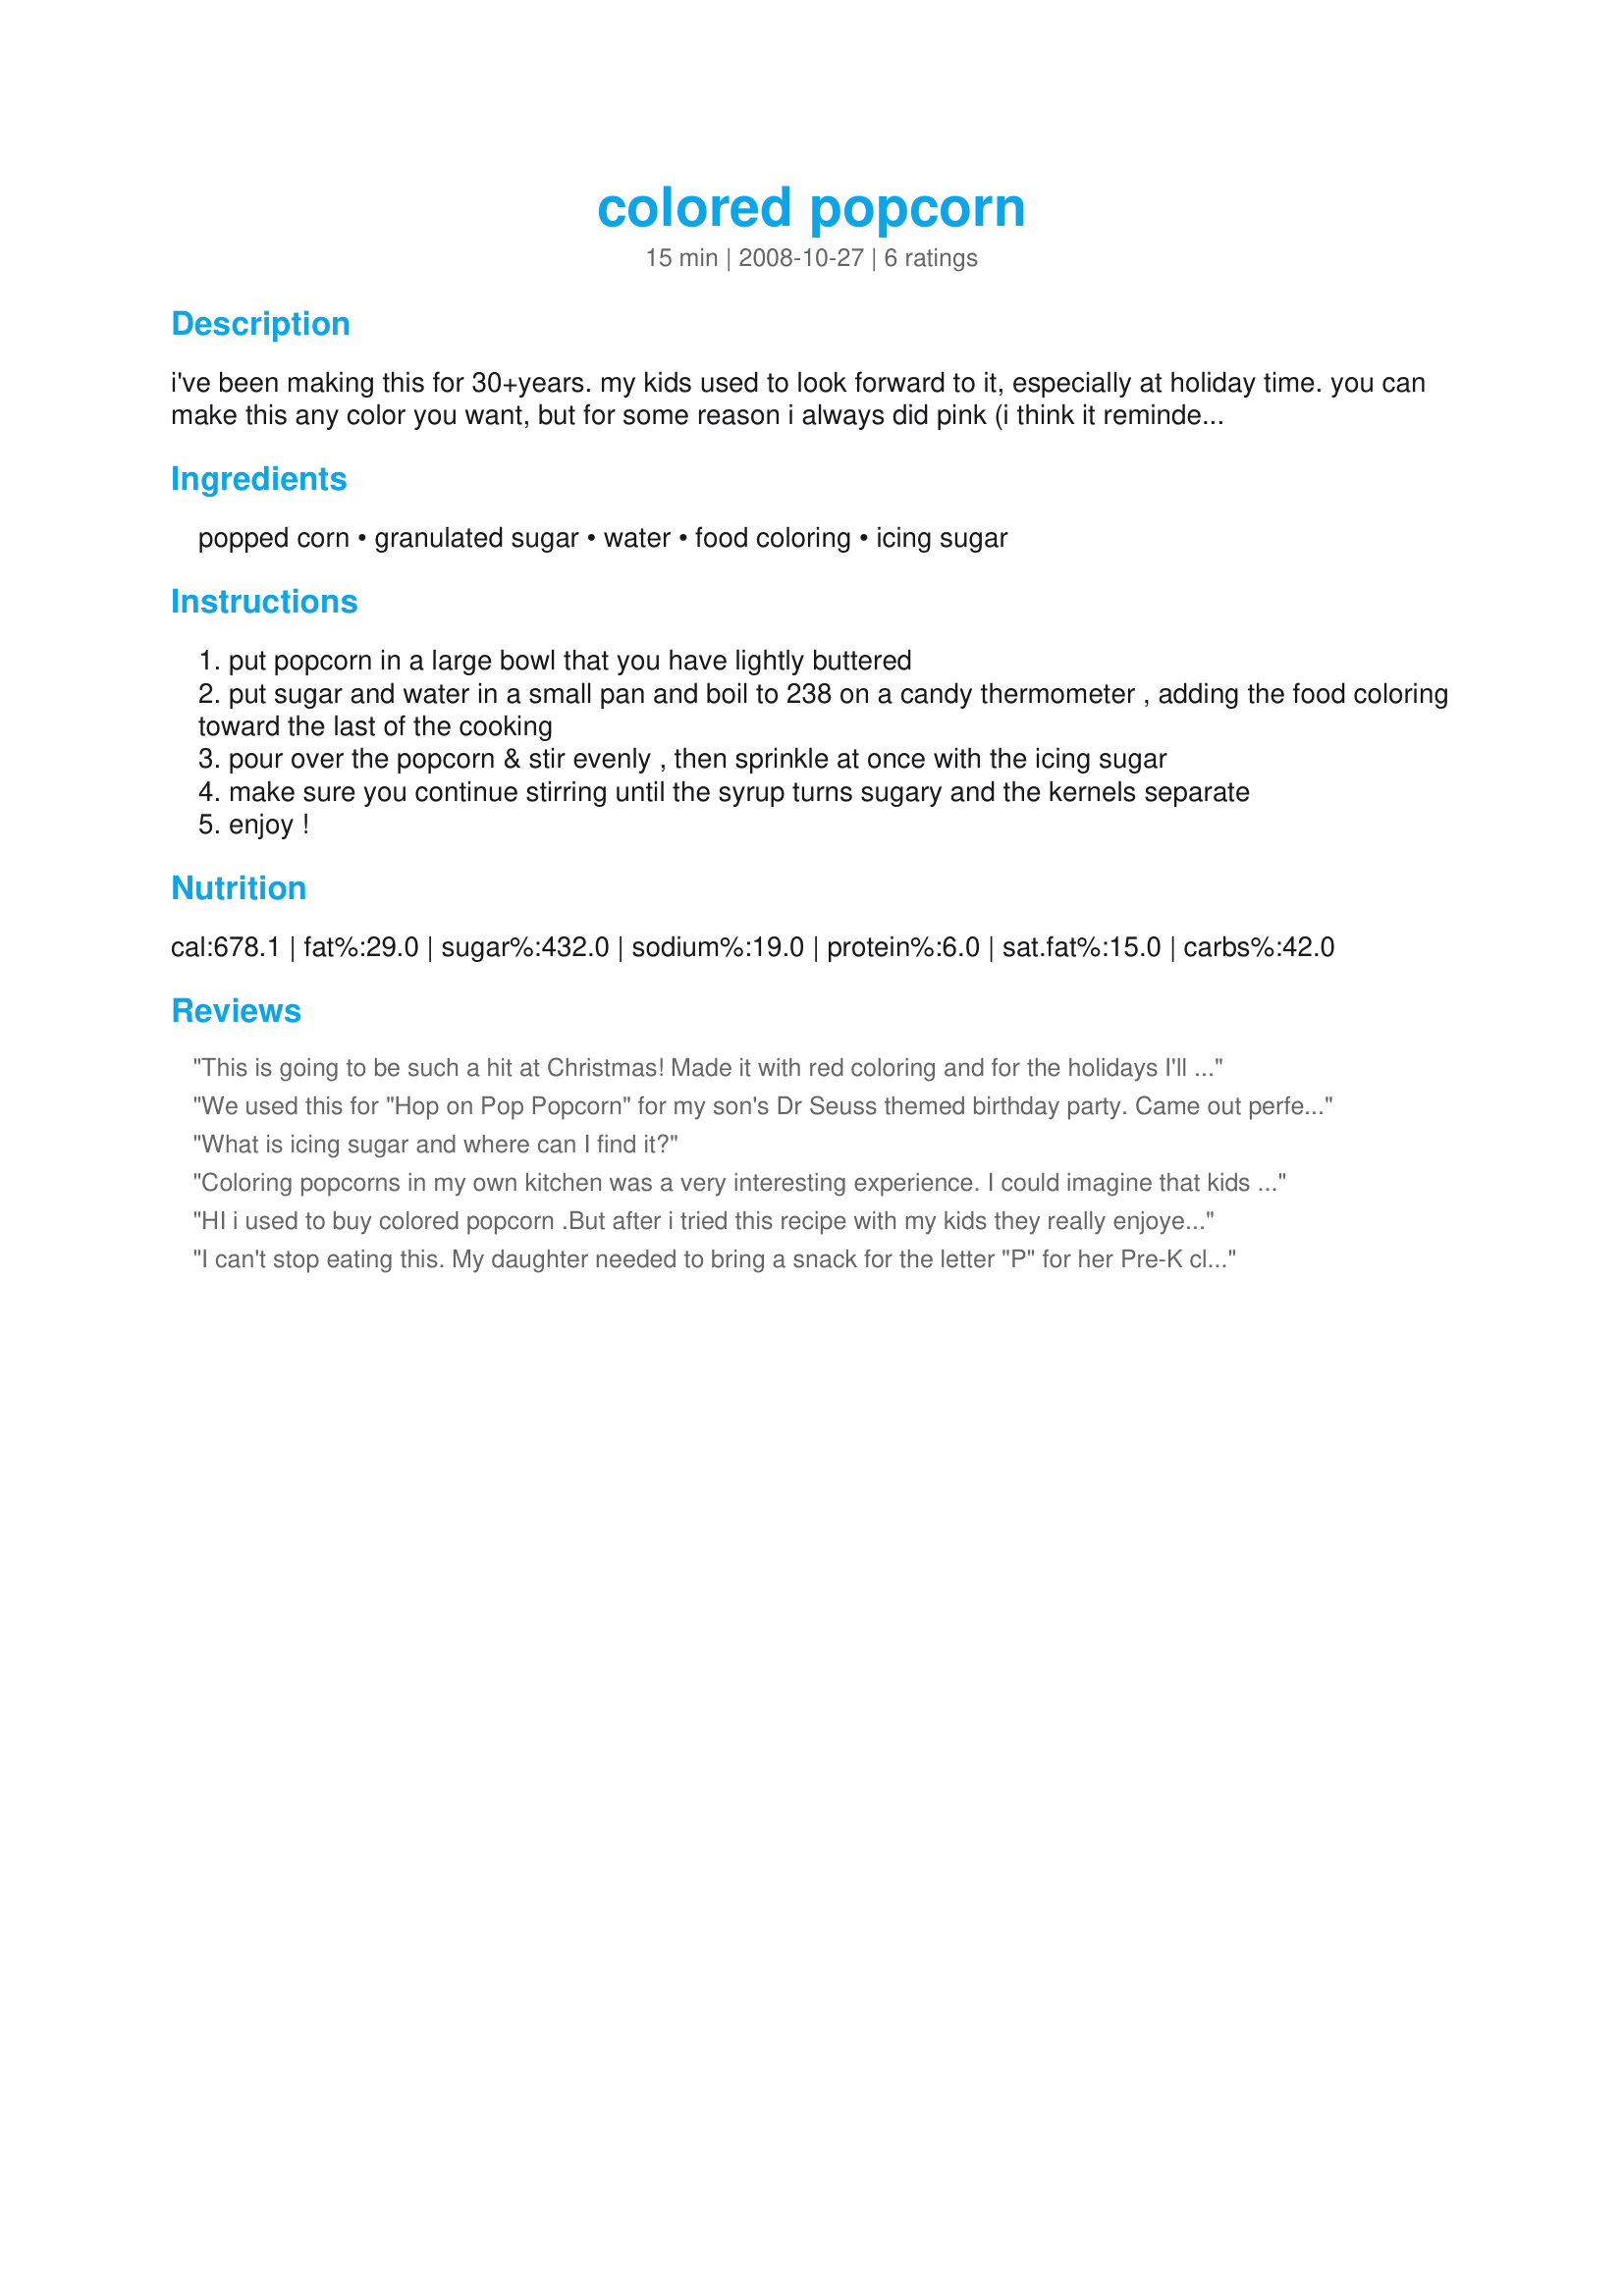
colored popcorn
Preparation time: 15 minutes

i've been making this for 30+years. my kids used to look forward to it, especially at holiday time. you can make this any color you want, but for some reason i always did pink (i think it reminded my kids of the packaged "lucky" popcorn). now my daughter is carrying on the tradition and making it for my grandkids. recipe comes from an old newspaper clipping. if you plan on storing this, use a zip lock bag or container with a tight fitting lid.

Ingredients:
popped corn, granulated sugar, water, food coloring, icing sugar

Steps:
put popcorn in a large bowl that you have lightly buttered
put sugar and water in a small pan and boil to 238 on a candy thermometer , adding the food coloring toward the last of the cooking
pour over the popcorn & stir evenly , then sprinkle at once with the icing sugar
make sure you continue stirring until the syrup turns sugary and the kernels separate
enjoy !

Reviews:
This is going to be such a hit at Christmas! Made it with red coloring and for the holidays I'll make some green too. I didn't use icing sugar. I poured the syrup on the popcorn and baked it in the over until was dry and not sticky anymore. My DD doesn't like anything sticky on her fingers, she goes:"Yucksee!"
We used this for "Hop on Pop Popcorn" for my son's Dr Seuss themed birthday party. Came out perfect and was so yummy! Not sticky or goopy at all like those awful koolaid and jello recipes. Thanks for sharing. We will definitely be making this again in the future!
What is icing sugar and where can I find it?
Coloring popcorns in my own kitchen was a very interesting experience. I could imagine that kids would go apeshit for this. Will make it again when I have kids. lol... Thanks for the fun recipe!
HI i used to buy colored popcorn .But after i tried this recipe with my kids they really enjoyed it and they love it i don&#039;t think i ,m going to buy it anymore home made is the best :) thanks .
I can't stop eating this. My daughter needed to bring a snack for the letter "P" for her Pre-K class. I thought of "pink popcorn" and THEN I had to find the recipe for it (after I had promised her, of course). So I quickly had to find another recipe after coming up with a sticky messy blob of popcorn from one of those jello popcorn recipes (blech).

I love how this keeps the popcorn separate and sweetened. I doubled the candy syrup the recipe for slightly more than double the popcorn, so that it wouldn't be too sweet. It tastes great, but didn't cover 100% -- about 80% is covered, but that's okay, they're 4 year olds! I also added a little bit of fine sea salt to temper the sweetness (kind of kettle-corn tasting).

I think I've found a new tradition...
